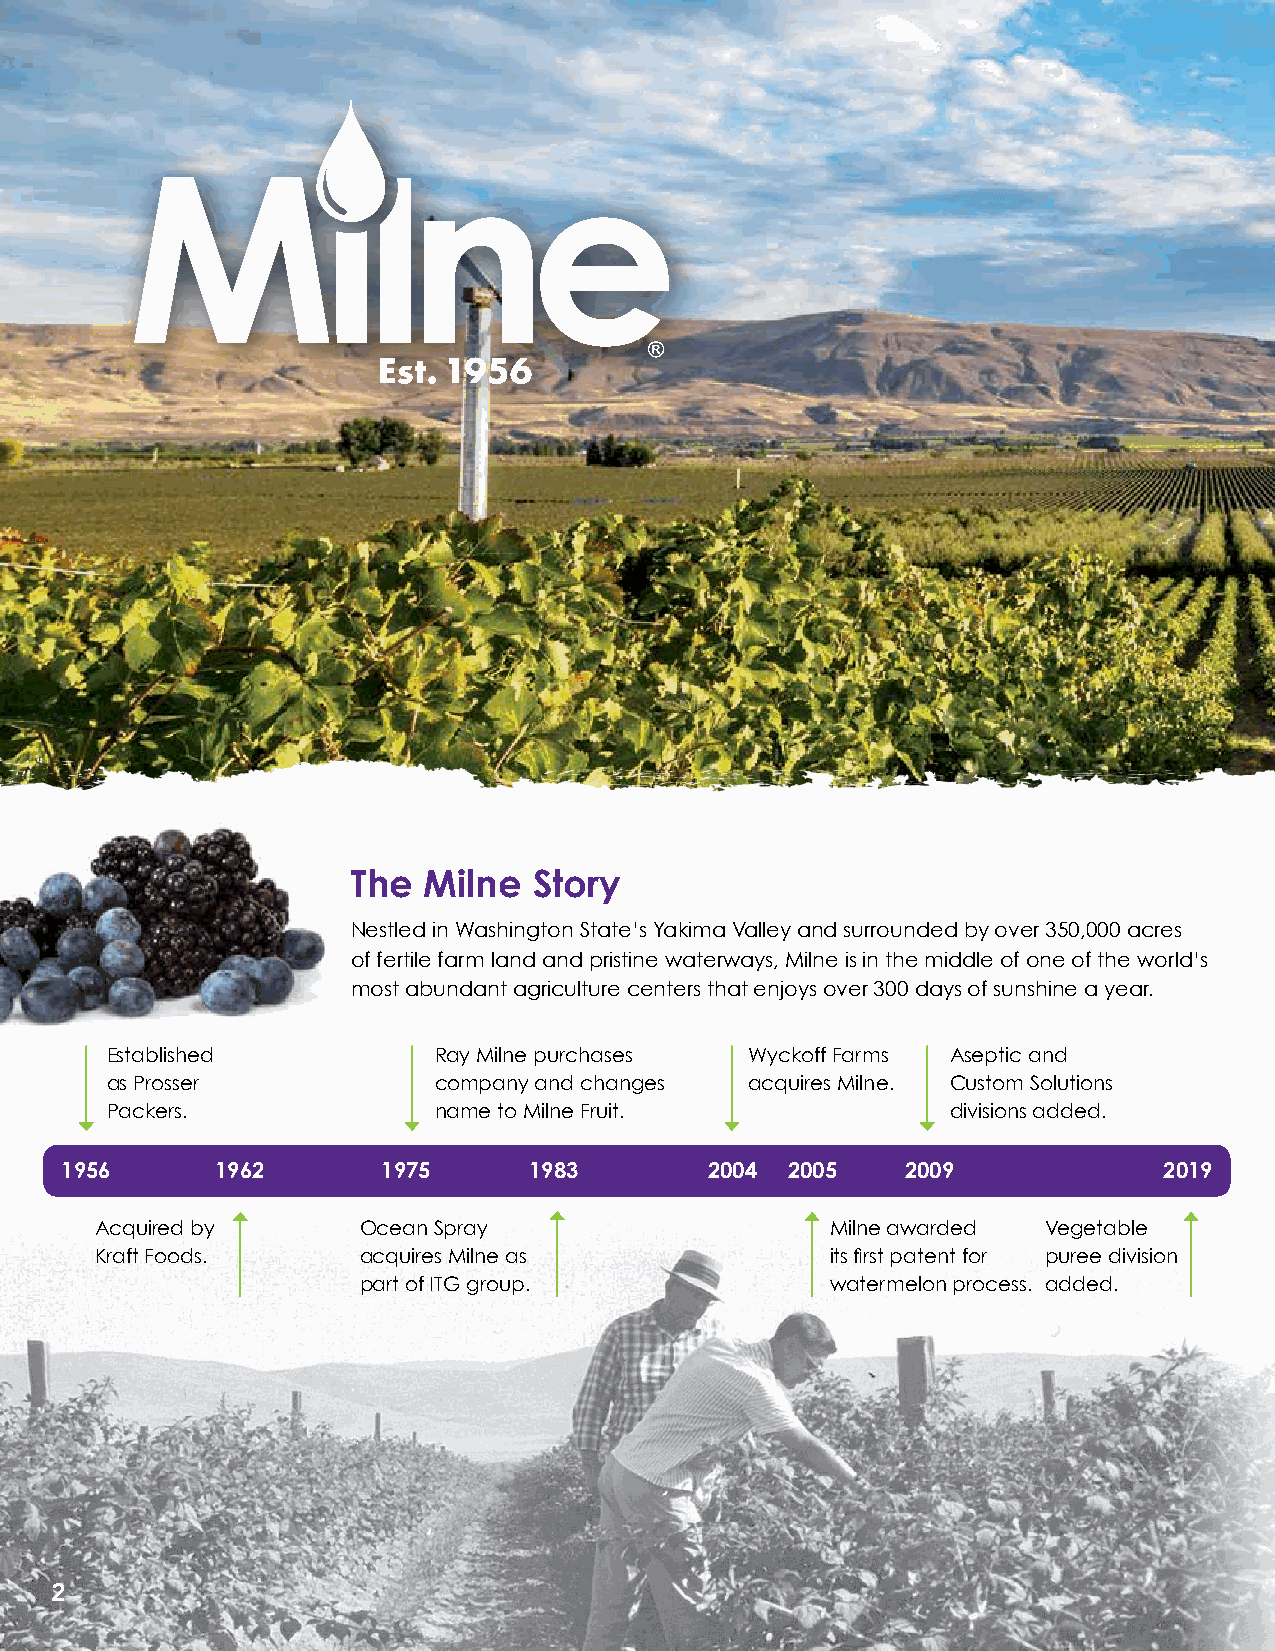
The  Milne  Story
 Nestled in Washington State’s Yakima Valley and surrounded by over 350,000 acres
 of fertile farm land and pristine waterways, Milne is in the middle of one of the world’s
 most abundant agriculture centers that enjoys over 300 days of sunshine a year.
 Established           Ray Milne purchases  Wyckoff Farms Aseptic and
 as Prosser            company and changes  acquires Milne. Custom Solutions
 Packers.              name to Milne Fruit.              divisions added.
 1956      1962       1975      1983        2004 2005    2009             2019
 Acquired by       Ocean Spray                    Milne awarded Vegetable
 Kraft Foods.      acquires Milne as              its first patent for puree division
 part of ITG group.             watermelon process. added.
 2